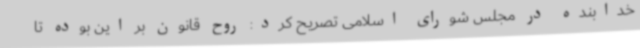
خدابنده در مجلس شورای اسلامی تصریح کرد: روح قانون بر این بوده تا